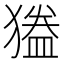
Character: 𭸦